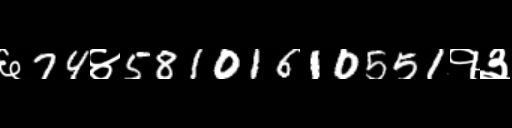
Text: ६74४58101610551१३